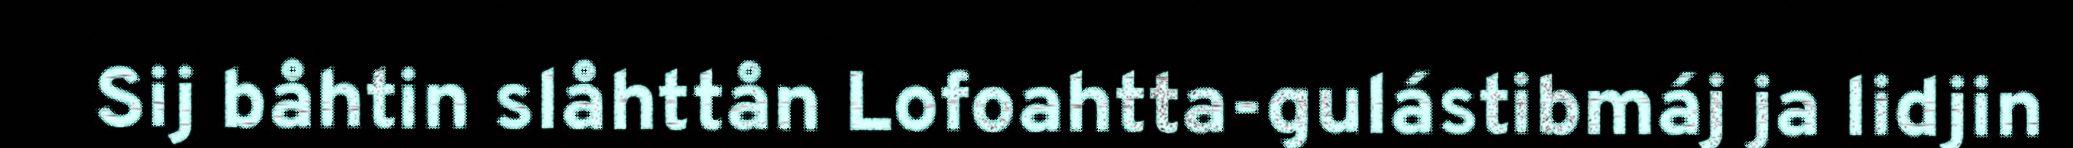
Sij båhtin slåhttån Lofoahtta-gulástibmáj ja lidjin